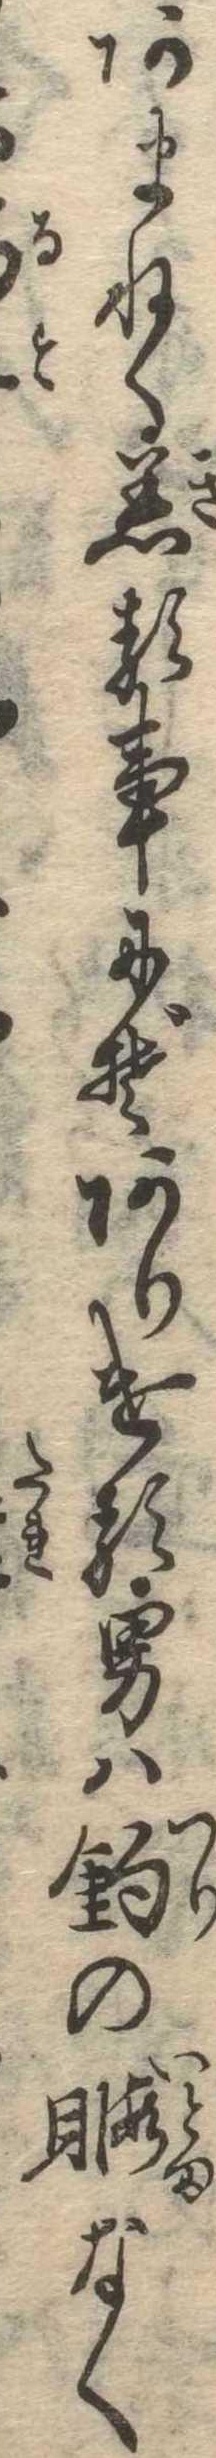
あまねく着る事にぞありける男は釣の暇なく